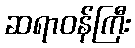
ဆရာဝန်ကြီး